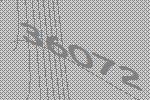
36072